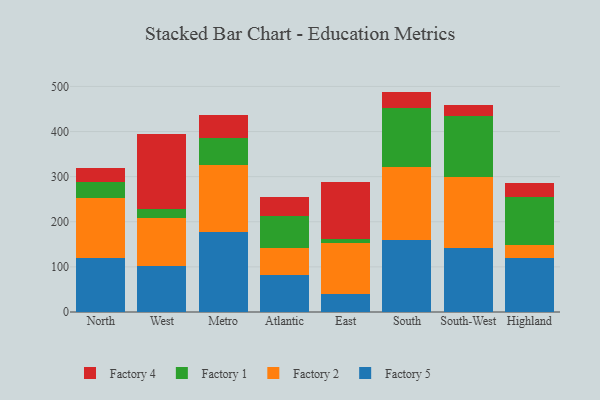
{"axis": {"x": "Region", "y": "Humidity (%)"}, "legend": ["Factory 1", "Factory 2", "Factory 4", "Factory 5"], "data": [{"x": "North", "y": 119.3, "type": "Factory 5"}, {"x": "North", "y": 133.1, "type": "Factory 2"}, {"x": "North", "y": 34.7, "type": "Factory 1"}, {"x": "North", "y": 32.8, "type": "Factory 4"}, {"x": "West", "y": 101.2, "type": "Factory 5"}, {"x": "West", "y": 108.1, "type": "Factory 2"}, {"x": "West", "y": 20.0, "type": "Factory 1"}, {"x": "West", "y": 164.7, "type": "Factory 4"}, {"x": "Metro", "y": 177.3, "type": "Factory 5"}, {"x": "Metro", "y": 149.3, "type": "Factory 2"}, {"x": "Metro", "y": 58.4, "type": "Factory 1"}, {"x": "Metro", "y": 50.8, "type": "Factory 4"}, {"x": "Atlantic", "y": 81.2, "type": "Factory 5"}, {"x": "Atlantic", "y": 60.0, "type": "Factory 2"}, {"x": "Atlantic", "y": 70.9, "type": "Factory 1"}, {"x": "Atlantic", "y": 41.9, "type": "Factory 4"}, {"x": "East", "y": 39.4, "type": "Factory 5"}, {"x": "East", "y": 113.9, "type": "Factory 2"}, {"x": "East", "y": 8.0, "type": "Factory 1"}, {"x": "East", "y": 126.5, "type": "Factory 4"}, {"x": "South", "y": 159.0, "type": "Factory 5"}, {"x": "South", "y": 163.5, "type": "Factory 2"}, {"x": "South", "y": 129.9, "type": "Factory 1"}, {"x": "South", "y": 36.1, "type": "Factory 4"}, {"x": "South-West", "y": 142.9, "type": "Factory 5"}, {"x": "South-West", "y": 157.3, "type": "Factory 2"}, {"x": "South-West", "y": 134.1, "type": "Factory 1"}, {"x": "South-West", "y": 24.2, "type": "Factory 4"}, {"x": "Highland", "y": 119.3, "type": "Factory 5"}, {"x": "Highland", "y": 29.8, "type": "Factory 2"}, {"x": "Highland", "y": 106.2, "type": "Factory 1"}, {"x": "Highland", "y": 30.4, "type": "Factory 4"}]}